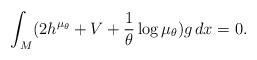
LaTeX: \begin{align*} \int_{M} (2h^{\mu_{\theta}} + V + \frac{1}{\theta} \log \mu_{\theta} ) g \, dx =0.\end{align*}